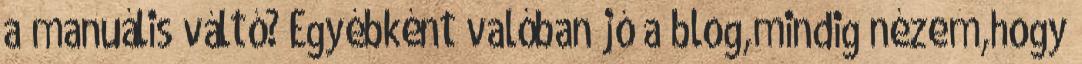
a manuális váltó? Egyébként valóban jó a blog,mindig nézem,hogy